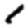
Digit: 1